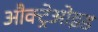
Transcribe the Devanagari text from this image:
औक्ट्रेओइड